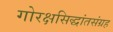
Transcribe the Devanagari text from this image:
गोरक्षसिद्धांतसंग्रह